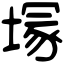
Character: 塜